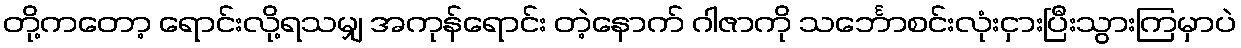
တို့ကတော့ ရောင်းလို့ရသမျှ အကုန်ရောင်း တဲ့နောက် ဂါဇာကို သင်္ဘောစင်းလုံးငှားပြီးသွားကြမှာပဲ